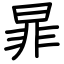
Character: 暃